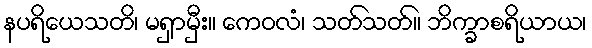
နပရိယေသတိ၊ မရှာမှီး။ ကေဝလံ၊ သတ်သတ်။ ဘိက္ခာစရိယာယ၊